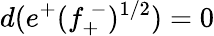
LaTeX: d(e^{+}(f_{+}^{~-})^{1/2})=0